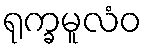
ရုက္ခမူလံဝ